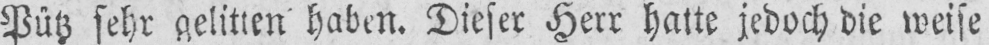
Pütz sehr gelitten haben. Dieser Herr hatte jedoch die weise